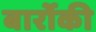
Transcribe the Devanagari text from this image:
बार्रोकी